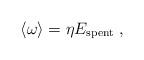
LaTeX: \begin{align*}\langle \omega \rangle =\eta E_{{\rm spent}} \; ,\end{align*}